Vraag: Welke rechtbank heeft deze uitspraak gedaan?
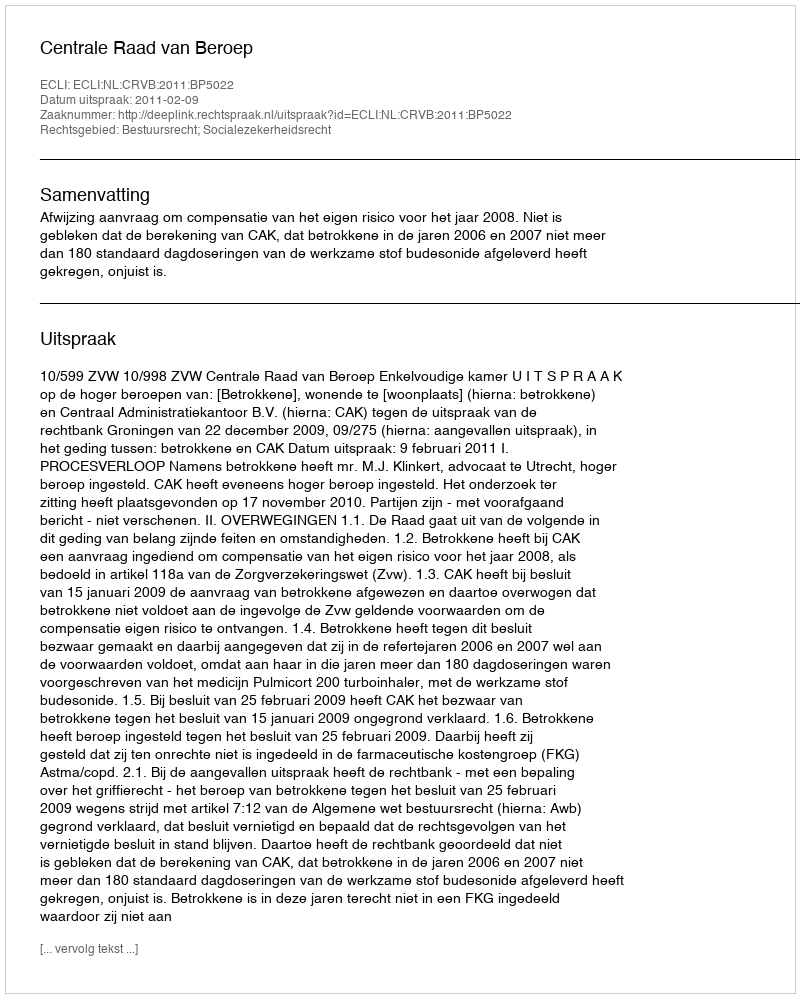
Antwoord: Centrale Raad van Beroep